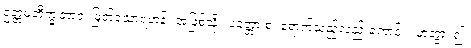
ဥတ္တမဘိက္ခုဘာဝံ၊ မြတ်သောရဟန်း အဖြစ်သို့။ ပတ္တော စ၊ ရောက်သည်လည်းကောင်း။ ဟုတွာ၊ ၍။